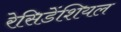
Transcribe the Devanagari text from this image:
रेसिडेंशियल